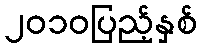
၂၀၁၀ပြည့်နှစ်